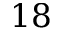
1 8